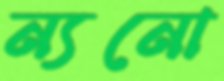
ন্যনো